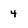
Character: 4